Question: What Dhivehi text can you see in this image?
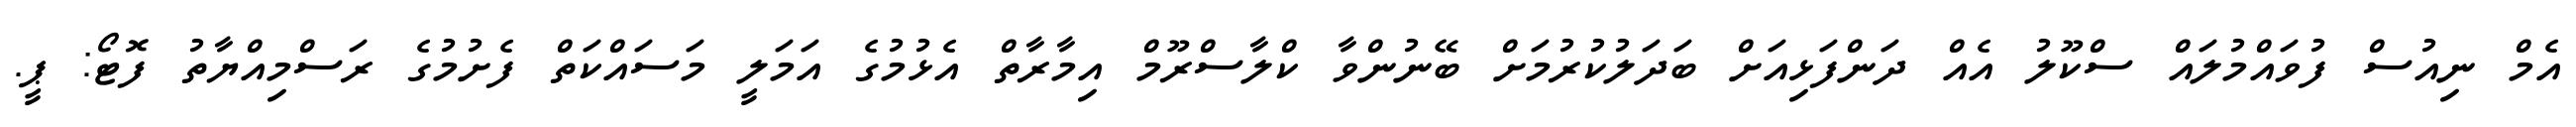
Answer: އެމް ނިއުސް ފުވައްމުލައް ސްކޫލު އެއް ދަންފަޅިއަށް ބަދަލުކުރުމަށް ބޭނުންވާ ކްލާސްރޫމް އިމާރާތް އެޅުމުގެ އަމަލީ މަސައްކަތް ފެށުމުގެ ރަސްމިއްޔާތު ފޮޓޯ: ޕީ.